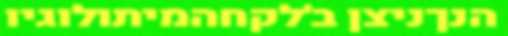
הנךניצן ב'לקחהמיתולוגיו